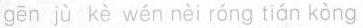
gēn jù kè wén nèi róng tián kòng